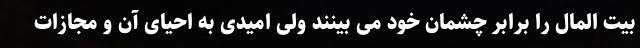
بیت المال را برابر چشمان خود می بینند ولی امیدی به احیای آن و مجازات